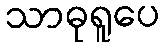
သာဓုရူပေ